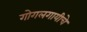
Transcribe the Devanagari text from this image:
गोगलगायीचे